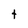
Character: t